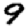
Digit: 9